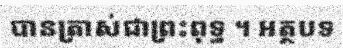
បានត្រាស់ជាព្រះពុទ្ធ ។ អត្ថបទ